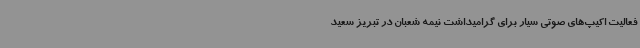
فعالیت اکیپ‌های صوتی سیار برای گرامیداشت نیمه شعبان در تبریز سعید